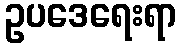
ဥပဒေရေးရာ